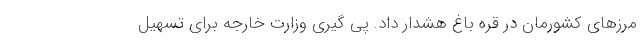
مرزهای کشورمان در قره باغ هشدار داد. پی گیری وزارت خارجه برای تسهیل